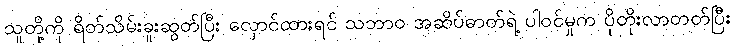
သူတို့ကို ရိတ်သိမ်းခူးဆွတ်ပြီး လှောင်ထားရင် သဘာဝ အဆိပ်ဓာတ်ရဲ့ ပါဝင်မှုက ပိုတိုးလာတတ်ပြီး